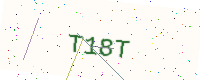
Text: T18T